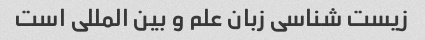
زیست شناسی زبان علم و بین المللی است